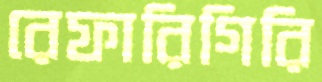
রেফারিগিরি